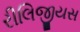
રીલિજીયસ